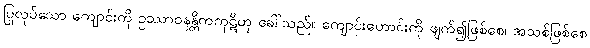
ပြုလုပ်သော ကျောင်းကို ဥဿာဝနန္တိကကုဋိဟု ခေါ်သည်။ ကျောင်းဟောင်းကို ဖျက်၍ဖြစ်စေ၊ အသစ်ဖြစ်စေ